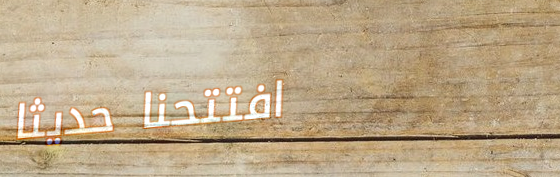
افتتحنا حديثاً